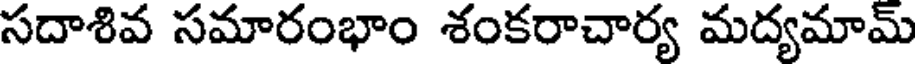
సదాశివ సమారంభాం శంకరాచార్య మద్యమామ్